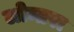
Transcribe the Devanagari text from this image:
लोन्तरा